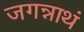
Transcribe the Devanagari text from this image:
जगन्नाथं